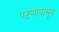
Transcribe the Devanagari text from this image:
पटणापासून